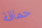
حماقة